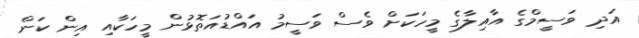
އަދި ވަސީމްގެ އާއިލާގެ މީހަކަށް ވެސް ވަސީމު އައްޑުއަތޮޅުން މީހަކާއި އިން ކަން